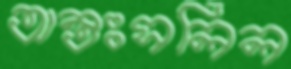
অন্তঃসলিল